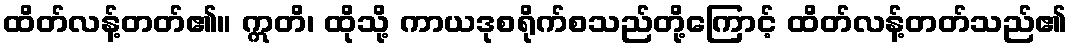
ထိတ်လန့်တတ်၏။ ဣတိ၊ ထိုသို့ ကာယဒုစရိုက်စသည်တို့ကြောင့် ထိတ်လန့်တတ်သည်၏